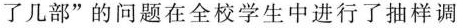
了几部”的问题在全校学生中进行了抽样调